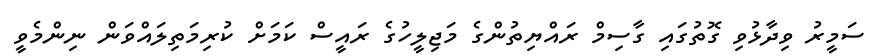
ސަމީރު ވިދާޅުވި ގޮތުގައި ގާސިމް ރައްޔިތުންގެ މަޖިލީހުގެ ރައީސް ކަމަށް ކުރިމަތިލައްވަން ނިންމެވީ